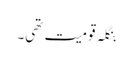
بنگلہ قومیت تھی۔